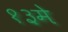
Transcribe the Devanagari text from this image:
१३मे